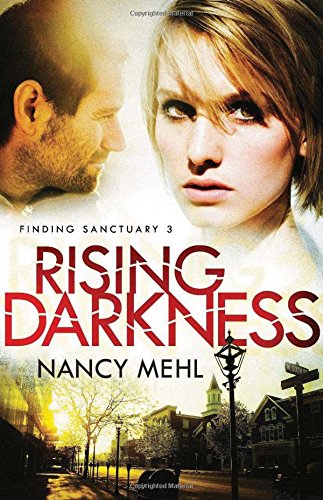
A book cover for Rising Darkness (Finding Sanctuary); Nancy Mehl; Romance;